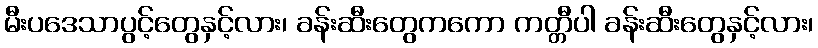
မီးပဒေသာပွင့်တွေနှင့်လား၊ ခန်းဆီးတွေကကော ကတ္တီပါ ခန်းဆီးတွေနှင့်လား၊